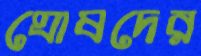
ঘোষদের